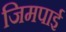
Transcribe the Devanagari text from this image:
जिमपाई